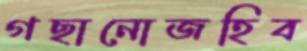
গছানোজহিব